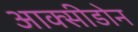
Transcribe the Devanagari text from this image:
आक्सीडोन